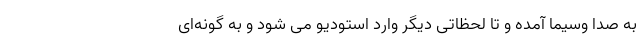
به صدا وسیما آمده و تا لحظاتی دیگر وارد استودیو می شود و به گونه‌ای